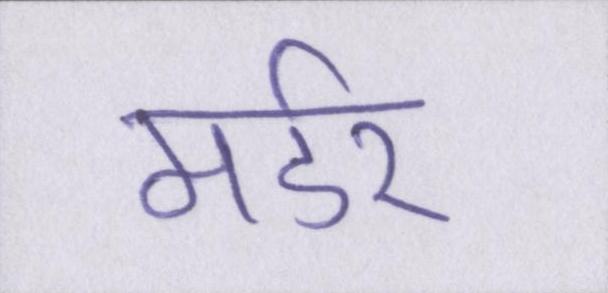
मर्डर